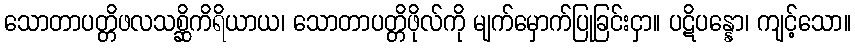
သောတာပတ္တိဖလသစ္ဆိကိရိယာယ၊ သောတာပတ္တိဖိုလ်ကို မျက်မှောက်ပြုခြင်းငှာ။ ပဋိပန္နော၊ ကျင့်သော။